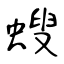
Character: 螋